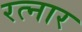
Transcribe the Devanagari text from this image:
रत्नार